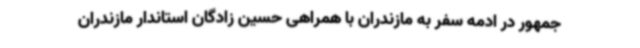
جمهور در ادمه سفر به مازندران با همراهی حسین زادگان استاندار مازندران